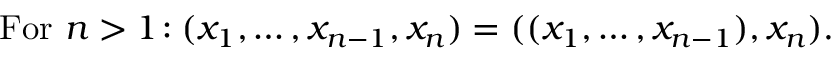
{ \mathrm { F o r ~ } } n > 1 \! : ( x _ { 1 } , \ldots , x _ { n - 1 } , x _ { n } ) = ( ( x _ { 1 } , \ldots , x _ { n - 1 } ) , x _ { n } ) .